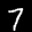
Label: 7